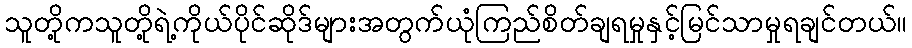
သူတို့ကသူတို့ရဲ့ကိုယ်ပိုင်ဆိုဒ်များအတွက်ယုံကြည်စိတ်ချရမှုနှင့်မြင်သာမှုရချင်တယ်။